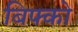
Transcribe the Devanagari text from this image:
बिफ्को